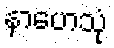
နာဟေသုံ